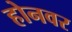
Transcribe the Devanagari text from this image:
होनवर